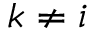
k \neq i